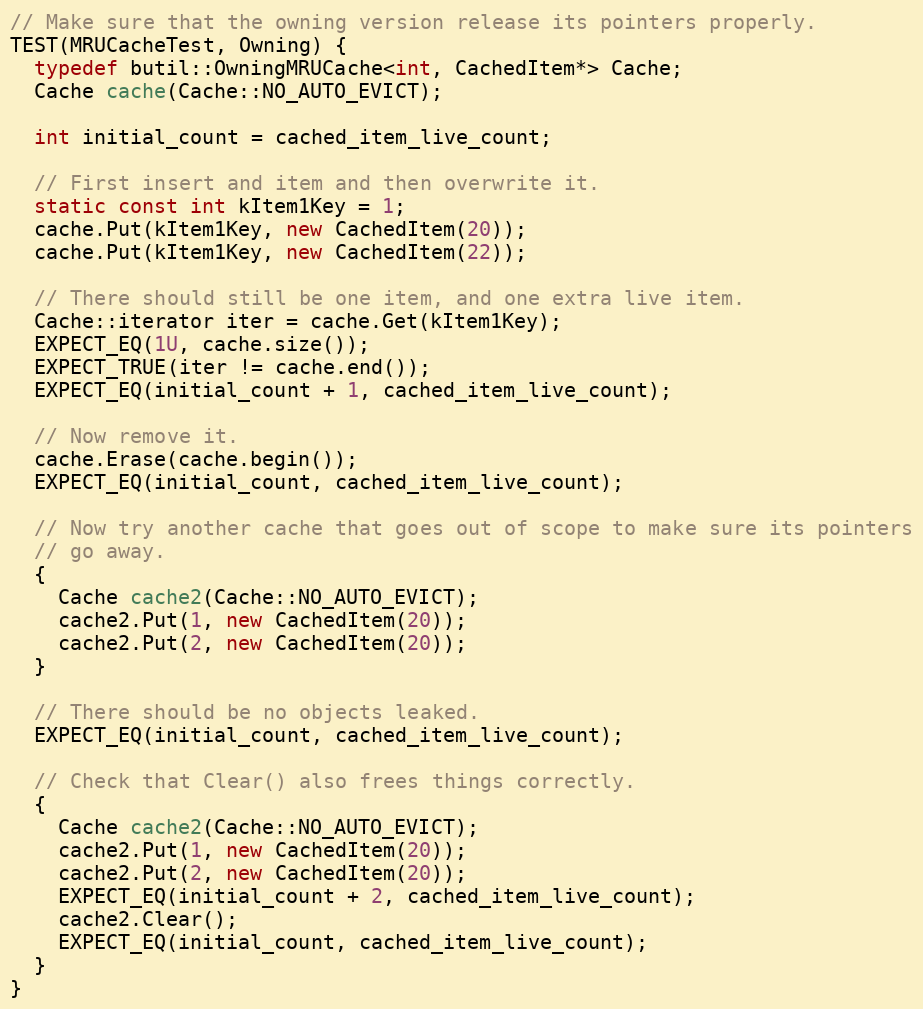
Language: C++
// Make sure that the owning version release its pointers properly.
TEST(MRUCacheTest, Owning) {
  typedef butil::OwningMRUCache<int, CachedItem*> Cache;
  Cache cache(Cache::NO_AUTO_EVICT);

  int initial_count = cached_item_live_count;

  // First insert and item and then overwrite it.
  static const int kItem1Key = 1;
  cache.Put(kItem1Key, new CachedItem(20));
  cache.Put(kItem1Key, new CachedItem(22));

  // There should still be one item, and one extra live item.
  Cache::iterator iter = cache.Get(kItem1Key);
  EXPECT_EQ(1U, cache.size());
  EXPECT_TRUE(iter != cache.end());
  EXPECT_EQ(initial_count + 1, cached_item_live_count);

  // Now remove it.
  cache.Erase(cache.begin());
  EXPECT_EQ(initial_count, cached_item_live_count);

  // Now try another cache that goes out of scope to make sure its pointers
  // go away.
  {
    Cache cache2(Cache::NO_AUTO_EVICT);
    cache2.Put(1, new CachedItem(20));
    cache2.Put(2, new CachedItem(20));
  }

  // There should be no objects leaked.
  EXPECT_EQ(initial_count, cached_item_live_count);

  // Check that Clear() also frees things correctly.
  {
    Cache cache2(Cache::NO_AUTO_EVICT);
    cache2.Put(1, new CachedItem(20));
    cache2.Put(2, new CachedItem(20));
    EXPECT_EQ(initial_count + 2, cached_item_live_count);
    cache2.Clear();
    EXPECT_EQ(initial_count, cached_item_live_count);
  }
}